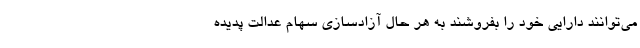
می‌توانند دارایی خود را بفروشند به هر حال آزادسازی سهام عدالت پدیده